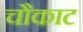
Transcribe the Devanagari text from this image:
चौकाट